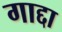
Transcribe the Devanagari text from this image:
गाद्दा